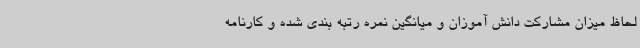
لحاظ میزان مشارکت دانش آموزان و میانگین نمره رتبه بندی شده و کارنامه